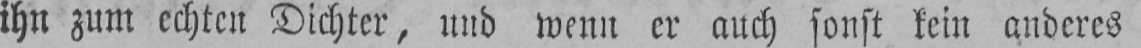
ihn zum echten Dichter, und wenn er auch sonst kein anderes